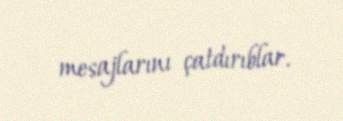
mesajlarını çatdırıblar.